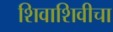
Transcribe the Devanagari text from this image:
शिवाशिवीचा